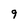
Character: 9